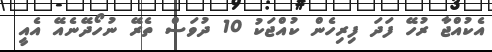
އެކުއްޖާ ރުހޭ ފަދަ ފިރިހެން ކުއްޖަކު 10 ދުވަސް ތެރޭ ނުހޯދޭނެއޭ އެއީ